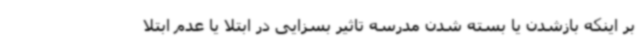
بر اینکه بازشدن یا بسته شدن مدرسه تاثیر بسزایی در ابتلا یا عدم ابتلا